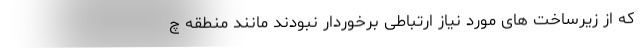
که از زیرساخت های مورد نیاز ارتباطی برخوردار نبودند مانند منطقه چ